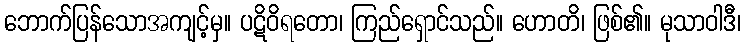
ဘောက်ပြန်သောအကျင့်မှ။ ပဋိဝိရတော၊ ကြည်ရှောင်သည်။ ဟောတိ၊ ဖြစ်၏။ မုသာဝါဒီ၊